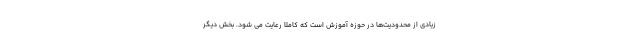
زیادی از محدودیت‌ها در حوزه آموزش است که کاملا رعایت می شود. بخش دیگر